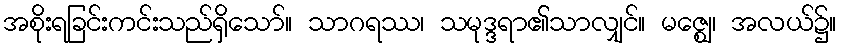
အစိုးရခြင်းကင်းသည်ရှိသော်။ သာဂရဿ၊ သမုဒ္ဒရာ၏သာလျှင်။ မဇ္ဈေ၊ အလယ်၌။